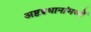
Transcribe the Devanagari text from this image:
अष्टप्रधानांमध्यें